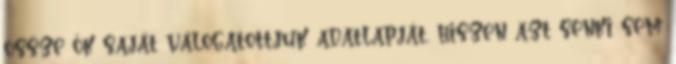
össze ők saját válogatottjuk adatlapját, hiszen azt senki sem